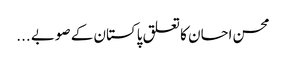
محسن احسان کا تعلق پاکستان کے صوبے ...